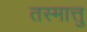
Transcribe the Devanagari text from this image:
तस्मात्तु